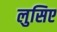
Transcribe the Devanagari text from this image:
लुसिए